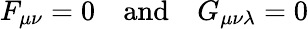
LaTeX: F_{\mu\nu}=0\quad\mathrm{and}\quad G_{\mu\nu\lambda}=0